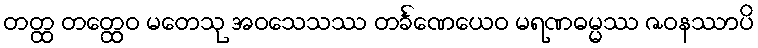
တတ္ထ တတ္ထေဝ မတေသု အဝသေသဿ တင်္ခဏေယေဝ မရဏဓမ္မဿ ဇဝနဿာပိ